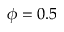
\phi = 0 . 5